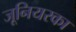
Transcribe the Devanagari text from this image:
जूनियरका